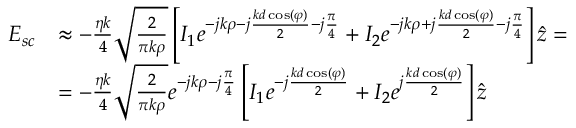
\begin{array} { r l } { \boldsymbol { E _ { s c } } } & { \approx - \frac { \eta k } { 4 } \sqrt { \frac { 2 } { \pi k \rho } } \left[ I _ { 1 } e ^ { - j k \rho - j \frac { k d \cos ( \varphi ) } { 2 } - j \frac { \pi } { 4 } } + I _ { 2 } e ^ { - j k \rho + j \frac { k d \cos ( \varphi ) } { 2 } - j \frac { \pi } { 4 } } \right] \hat { z } = } \\ & { = - \frac { \eta k } { 4 } \sqrt { \frac { 2 } { \pi k \rho } } e ^ { - j k \rho - j \frac { \pi } { 4 } } \left[ I _ { 1 } e ^ { - j \frac { k d \cos ( \varphi ) } { 2 } } + I _ { 2 } e ^ { j \frac { k d \cos ( \varphi ) } { 2 } } \right] \hat { z } } \end{array}